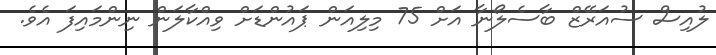
ލުއިސް ސުއަރޭޒް ބާސެލޯނާ އަށް 75 މިލިއަން ޕައުންޑަށް ވިއްކާލަން ނިންމައިފަ އެވެ.